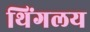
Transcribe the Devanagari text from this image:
थिंगलय